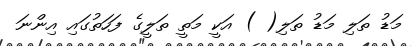
މަޑު ތަލި މަޑު ތަލި( ) އަކީ މަތީ ތަލީގެ ފަހަތުގައި އިންނަ